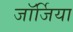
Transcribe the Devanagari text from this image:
जाॅर्जिया